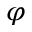
\varphi